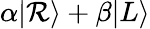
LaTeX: \alpha|\mathcal{R}\rangle+\beta|L\rangle